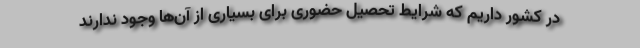
در کشور داریم که شرایط تحصیل حضوری برای بسیاری از آن‌ها وجود ندارند